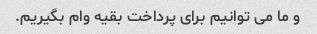
و ما می توانیم برای پرداخت بقیه وام بگیریم.